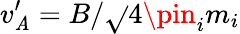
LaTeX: v_{\mathit{A}}^{\prime}=B/\sqrt{}{{4\pin_{i}m_{i}}}